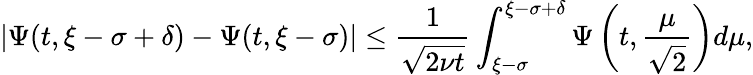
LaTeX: |\Psi(t,\xi-\sigma+\delta)-\Psi(t,\xi-\sigma)|\leq\frac{1}{\sqrt{2\nu t}}\int_{\xi-\sigma}^{\xi-\sigma+\delta}\Psi\left(t,\frac{\mu}{\sqrt{2}}\right)d\mu,